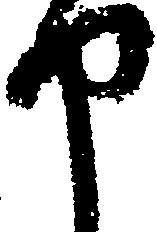
申